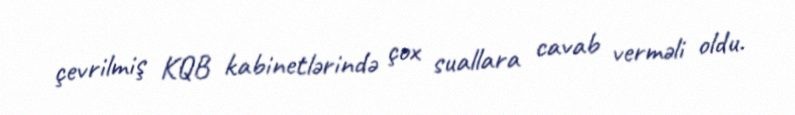
çevrilmiş KQB kabinetlərində çox suallara cavab verməli oldu.